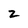
Character: 2